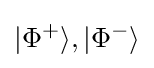
|\Phi ^{+}\rangle ,|\Phi ^{-}\rangle